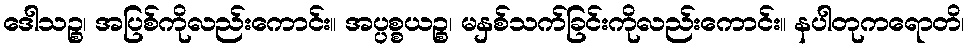
ဒေါသဉ္စ၊ အပြစ်ကိုလည်းကောင်း။ အပ္ပစ္စယဉ္စ၊ မနှစ်သက်ခြင်းကိုလည်းကောင်း။ နပါတုကရောတိ၊